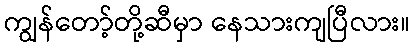
ကျွန်တော့်တို့ဆီမှာ နေသားကျပြီလား။